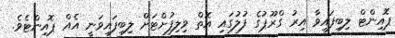
ޕޮއިންޓް ލިބިފައިވާ އިރު ގްރޫޕުގެ ފުލުގައި އޮތް ވިލިފުށްޓަށް ލިބިފައިވަނީ އެއް ޕޮއިންޓެވެ.